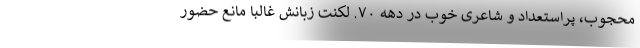
محجوب، پراستعداد و شاعری خوب در دهه ۷۰. لکنت زبانش غالباً مانع حضور